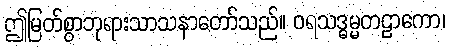
ဤမြတ်စွာဘုရားသာသနာတော်သည်။ ဝရသဒ္ဓမ္မတဠာကော၊